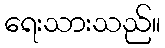
ရေးသားသည်။